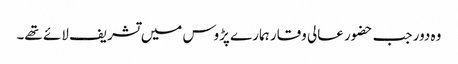
وہ دور جب حضور عالی وقار ہمارے پڑوس میں تشریف لائے تھے۔